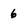
Character: 6